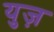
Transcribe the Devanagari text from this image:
युज़